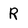
Character: R